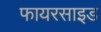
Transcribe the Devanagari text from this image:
फायरसाइड